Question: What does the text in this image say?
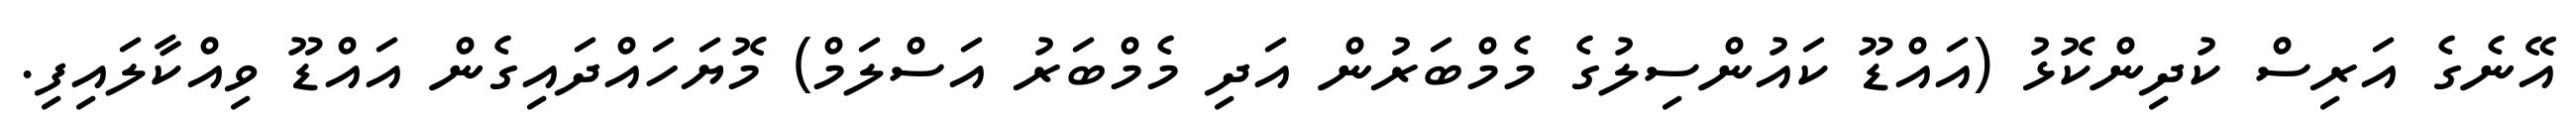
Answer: އޭނެގެ އަރިސް ކުދިންކޮޅު (އައްޑޫ ކައުންސިލުގެ މެމްބަރުން އަދި މެމްބަރު އަސްލަމް) މޮޔަހައްދައިގެން އައްޑޫ ވިއްކާލައިފި.